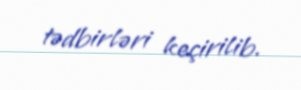
tədbirləri keçirilib.